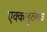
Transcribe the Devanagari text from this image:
एक्काडूठंगळ